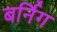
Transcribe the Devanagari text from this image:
बर्निग